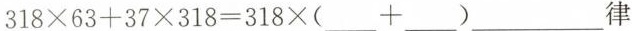
$$318\times 63+37\times 318=318\times (___+___)$$__律